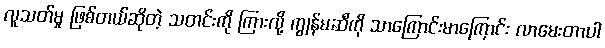
လူသတ်မှု ဖြစ်တယ်ဆိုတဲ့ သတင်းကို ကြားလို့ ကျွန်မဆီကို သာကြောင်းမာကြောင်း လာမေးတာပါ